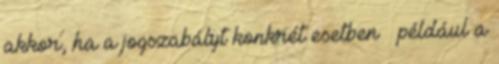
akkor, ha a jogszabályt konkrét esetben – például a